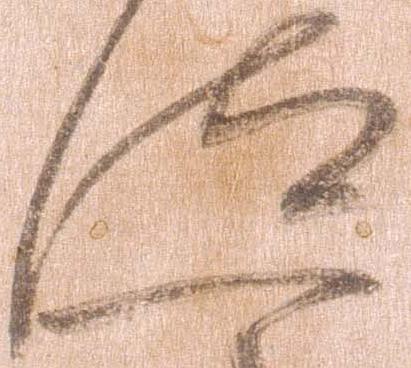
汰